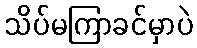
သိပ်မကြာခင်မှာပဲ